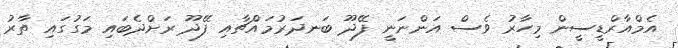
އެމްއާރްޑީސީން މިހާރު ވެސް އަންނަނީ ފޭދޫ ބަނދަރުމައްޗާއި ފޭދޫ ރަށްދެބައި މަގުގައި ތާރު